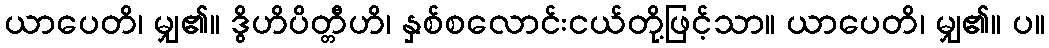
ယာပေတိ၊ မျှ၏။ ဒွိဟိပိတ္တီဟိ၊ နှစ်စလောင်းငယ်တို့ဖြင့်သာ။ ယာပေတိ၊ မျှ၏။ ပ။